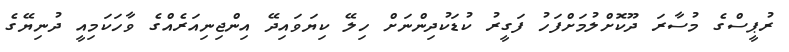
ރުޕީސްގެ މުސާރަ ދޫކޮށްލުމަށްފަހު ފަގީރު ކުޑަކުދިންނަށް ހިލޭ ކިޔަވައިދޭ އިންޖިނިއަރެއްގެ ވާހަކަމިއީ ދުނިޔޭގެ